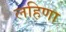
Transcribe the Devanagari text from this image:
लहिणा